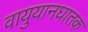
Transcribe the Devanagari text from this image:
वायुयानघातक